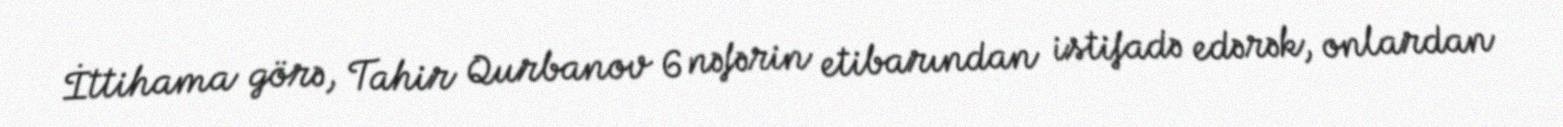
İttihama görə, Tahir Qurbanov 6 nəfərin etibarından istifadə edərək, onlardan